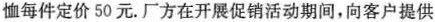
恤每件定价50元。厂方在开展促销活动期间，向客户提供